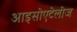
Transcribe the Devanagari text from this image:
आइसोएटेलीज